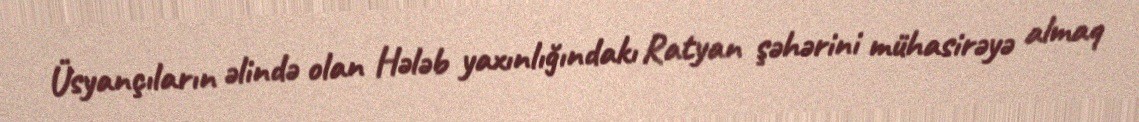
Üsyançıların əlində olan Hələb yaxınlığındakı Ratyan şəhərini mühasirəyə almaq